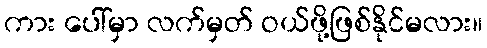
ကား ပေါ်မှာ လက်မှတ် ဝယ်ဖို့ဖြစ်နိုင်မလား။